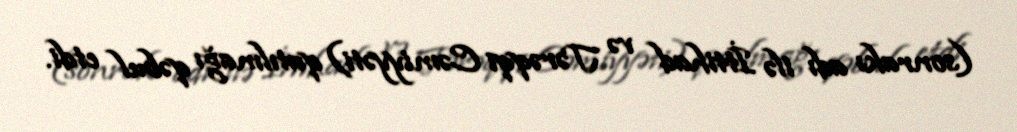
(sonrakı adı ilə İttihad və Tərəqqi Cəmiyyəti) qatılmağı qəbul etdi.